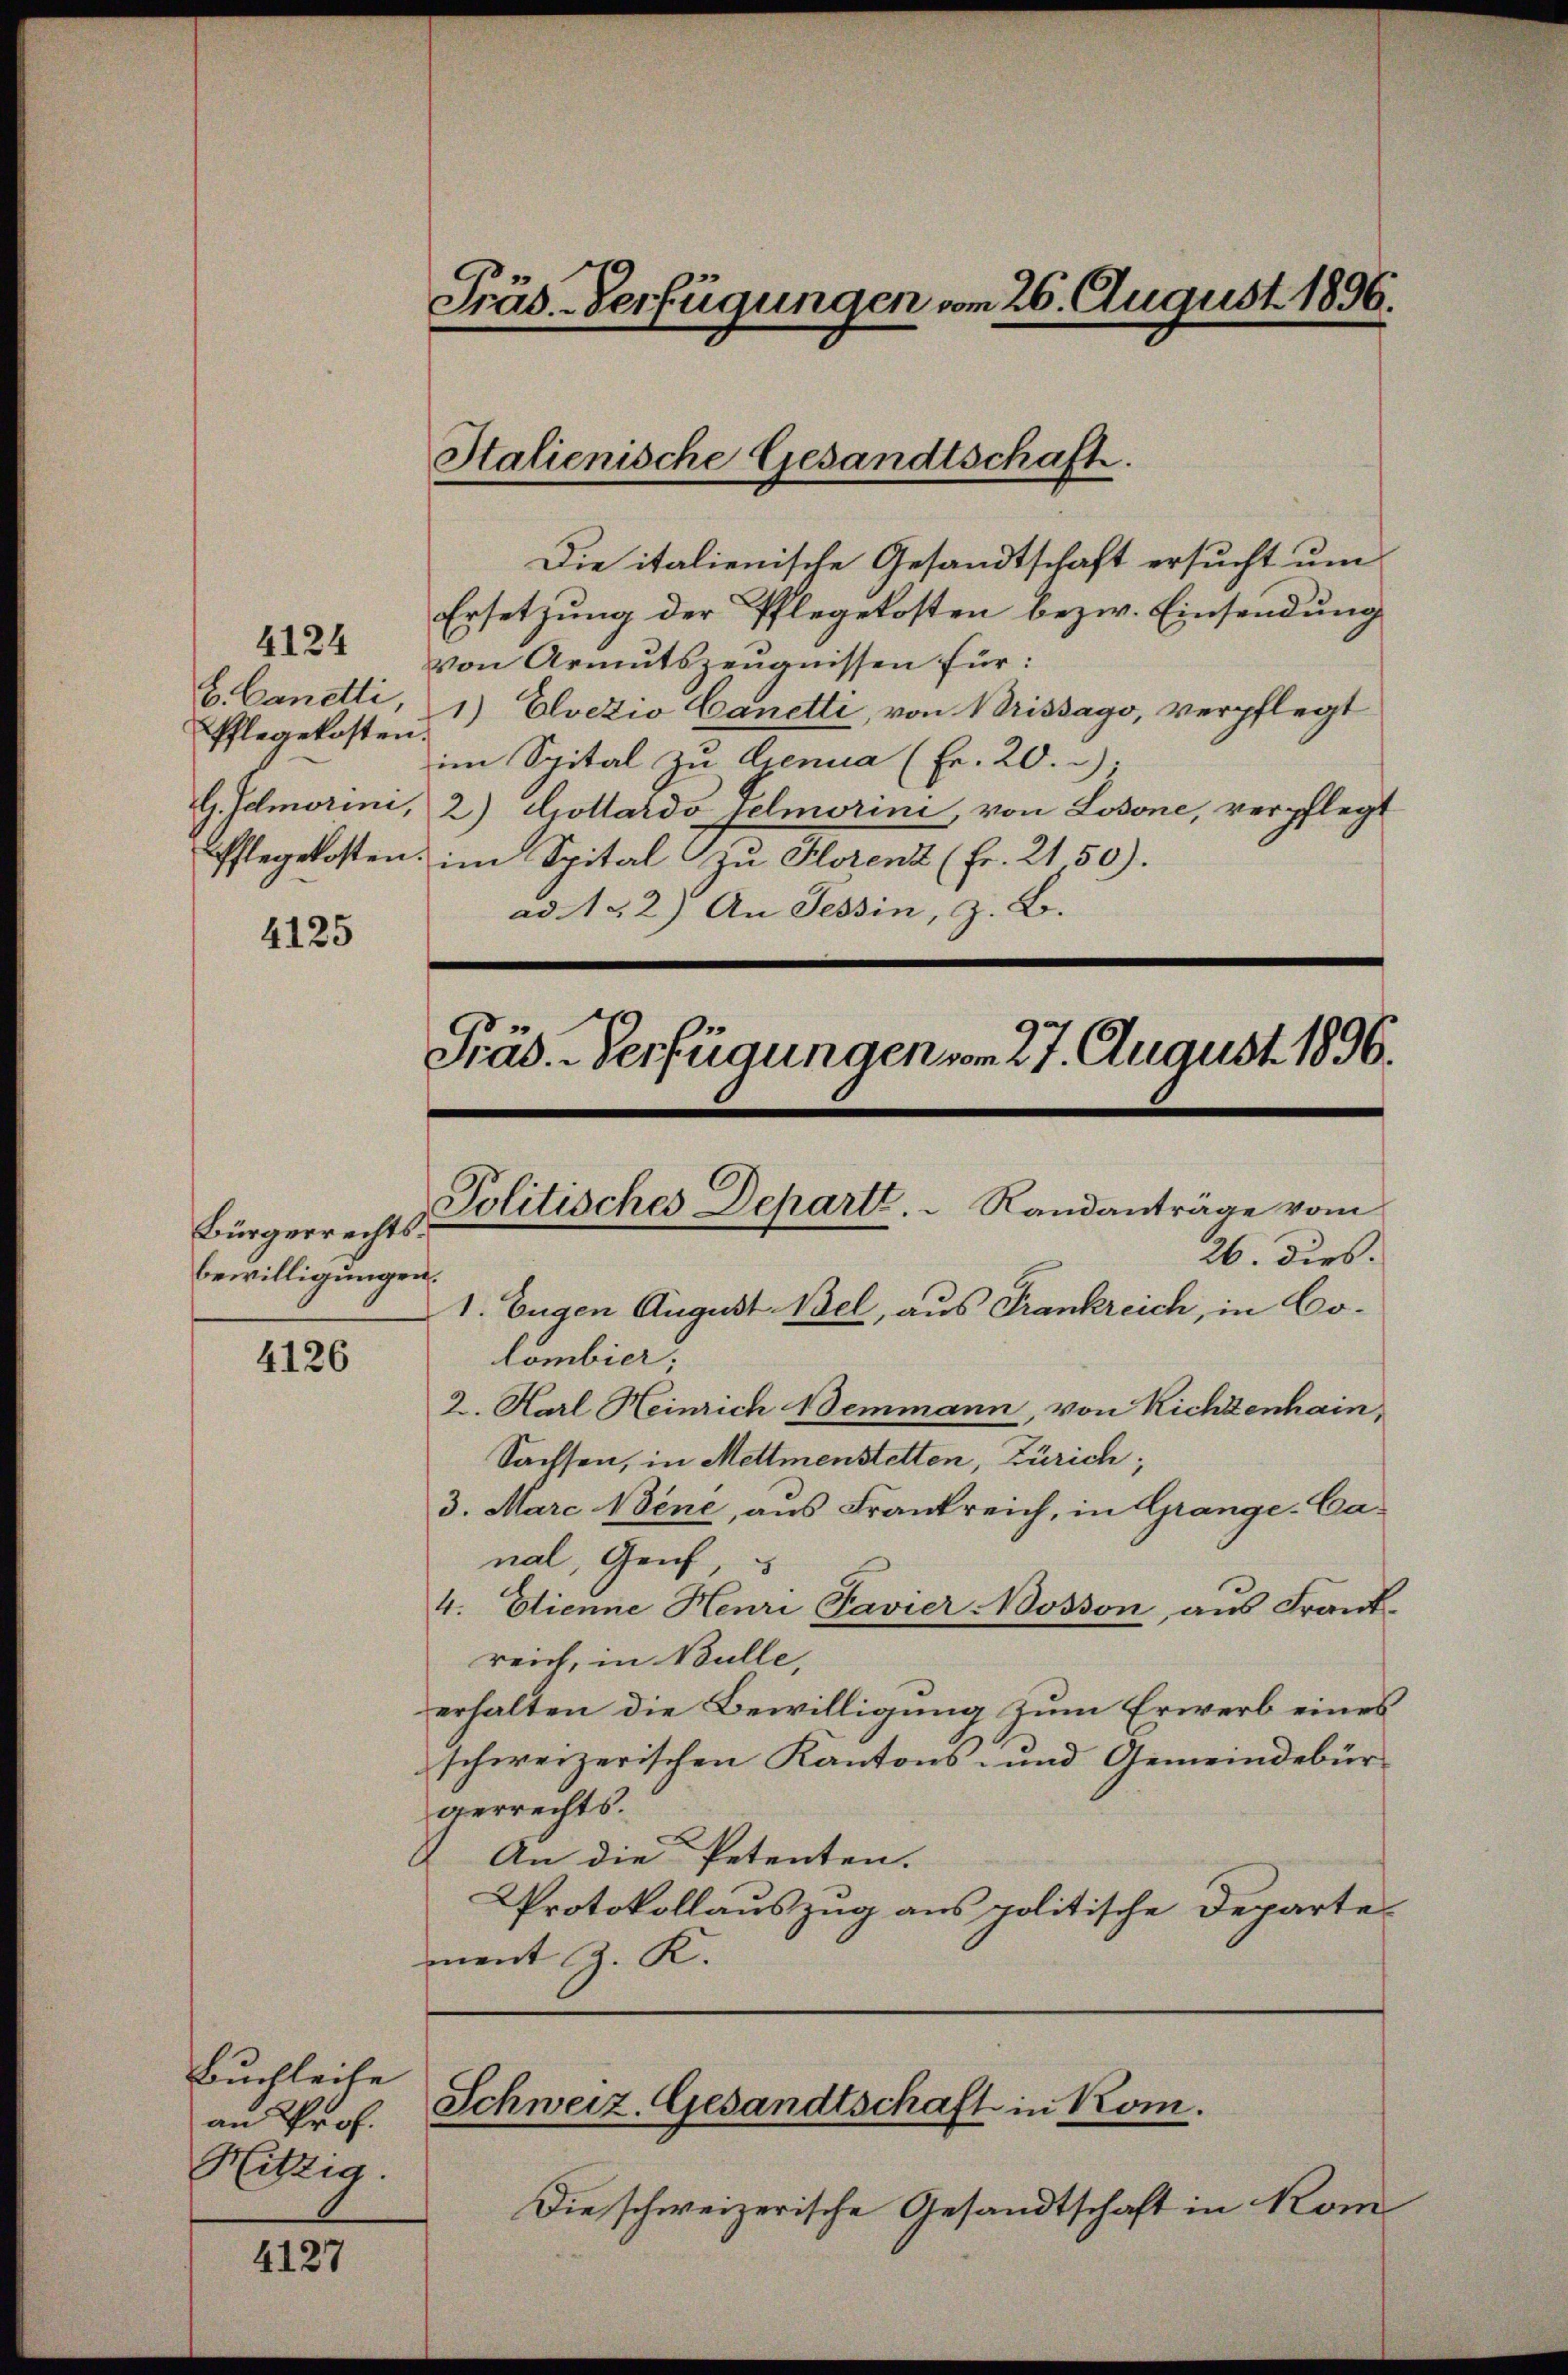
Pflegekosten.

4124

4125

Bürgerrechtsbewilligungen.

4126

Buchleite
an Prof.
Hitzig.

4127

Präs. Verfügungen vom 26. August 1896.

Die italienische Gesandtschaft ersucht um
Ersetzung der Pflegekosten bezw. Einsendung
von Armutszeugnissen für:
E. Canelli, 1) Elvezio Canetti, von Missago, verpflegt
im Spital zu Genua (Fr. 20.
G. Gemorini, 2) Gollardo Helmorini, von Losone, verpflegt
Pflegekosten im Spital zu Horenz (Fr. 2150).
ad. 152) An Tessin, z. B.

Stalienische Gesandtschaft.

Präs. Verfügungen vom 27. August 1896.
Politisches Departe. Randanträge vom
26. dies.

lombier;
2. Karl Heinrich Nemmann, von Richtenhain,
Sachsen, in Mettmenstetten, Zürich;
3. Marc ene, aus Frankreich, in Grange-Canal, Genf,
4. Etienne Henri Pavier-Bosson aus Frank-
reich, in Bulle,
erhalten die Bewilligung zum Erwerb eines
schweizerischen Kantons- und Gemeindebürgerrechts.
An die Petenten.
Protokollauszug aus politische Departe
ment J. K.

1. Eugen August Bel, aus Frankreich, in Co¬

Schweiz. Gesandtschaft in Kom.

Die schweizerische Gesandtschaft in Kom